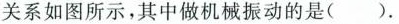
关系如图所示，其中做机械振动的是().